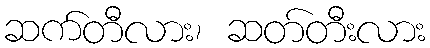
ဆက်တီလား၊ ဆတ်တီးလား